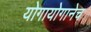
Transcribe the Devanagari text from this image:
योगायोगानेच